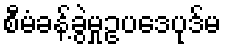
စီမံခန့်ခွဲမှုဥပဒေပုဒ်မ